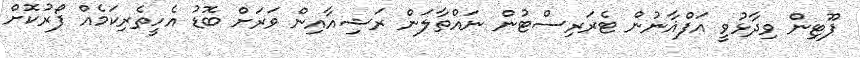
ޕޫޓިން ވިދާޅުވީ އަފްޣާނުން ޓެރަރިސްޓުން ނައްތާލަން ރަޝިއާއިން ވަރަށް ބޮޑު އެހީތެރިކަމެއް ފޯރުކޮށް